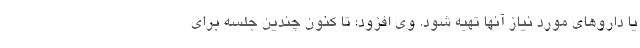
یا داروهای مورد نیاز آنها تهیه شود. وی افزود: تا کنون چندین جلسه برای